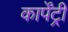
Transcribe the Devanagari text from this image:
कार्पेंट्री